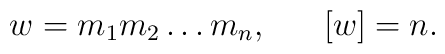
w = m_{1}m_{2}\ldots m_{n} , \;\;\;\;\;\; [w] = n.